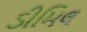
ડીમિલ